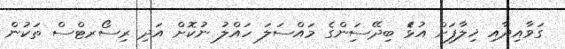
ގަވާއިދާއި ޚިލާފަށް އުޅަެ ބިދޭސަިންގެ މައްސަލަ ހައްލު ނުކޮށް އަދި ރިސޯރޓްސް ތަކުން